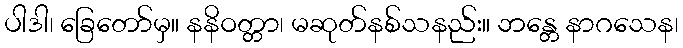
ပါဒါ၊ ခြေတော်မှ။ နနိဝတ္တာ၊ မဆုတ်နစ်သနည်း။ ဘန္တေ နာဂသေန၊